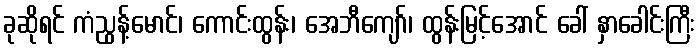
ခုဆိုရင် ကံညွန့်မောင်၊ ကောင်းထွန်း၊ အေဘီကျော်၊ ထွန်းမြင့်အောင် ခေါ် နှာခေါင်းကြီး